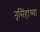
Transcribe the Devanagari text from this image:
नृसिंहांंच्या